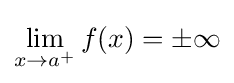
\lim _{x\to a^{+}}f(x)=\pm \infty